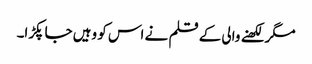
مگر لکھنے والی کے قلم نے اس کو وہیں جا پکڑا۔